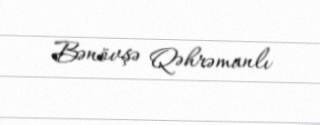
Bənövşə Qəhrəmanlı